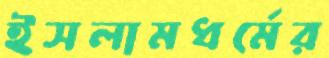
ইসলামধর্মের